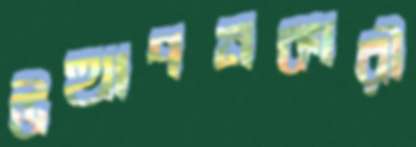
উত্থাপনকারী